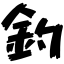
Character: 釣